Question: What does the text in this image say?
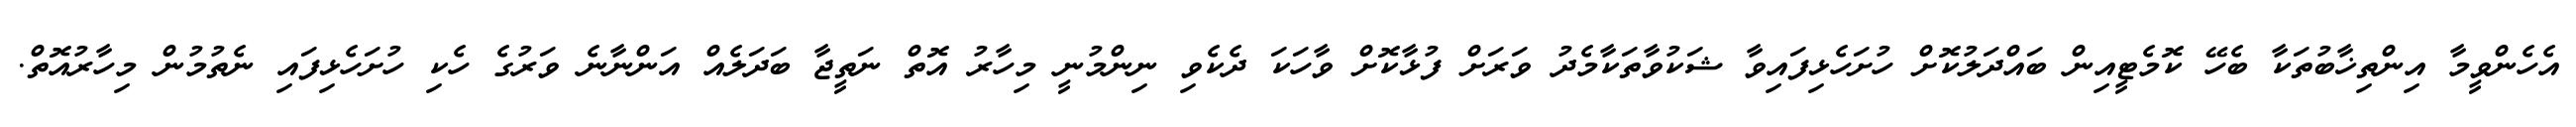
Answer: އެހެންވީމާ އިންތިޚާބުތަކާ ބެހޭ ކޮމެޓީއިން ބައްދަލުކޮށް ހުށަހެޅިފައިވާ ޝަކުވާތަކާމެދު ވަރަށް ފުޅާކޮށް ވާހަކަ ދެކެވި ނިންމުނީ މިހާރު އޮތް ނަތީޖާ ބަދަލެއް އަންނާނެ ވަރުގެ ހެކި ހުށަހެޅިފައި ނެތުމުން މިހާރުއޮތް.